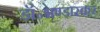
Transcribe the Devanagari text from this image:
डॉ॰भण्डारकर